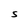
Character: S